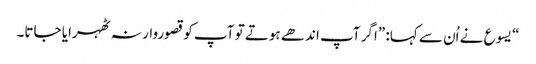
‏“‏ یسوع نے اُن سے کہا:‏ ”‏اگر آپ اندھے ہوتے تو آپ کو قصوروار نہ ٹھہرایا جاتا۔